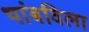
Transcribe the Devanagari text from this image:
थांबविला